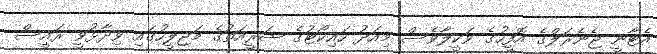
އެޓާނީ ޖެނެރަލްގެ އޮފީހުގެ ވަކީލާވެސް މިއަދު ހައިކޯޓުގެ ޝަރީއަތުގެ މަޖިލީހުގައި ވިދާޅުވީ ރައީސް